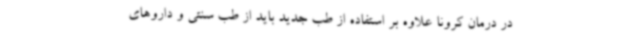
در درمان کرونا علاوه بر استفاده از طب جدید باید از طب سنتی و داروهای